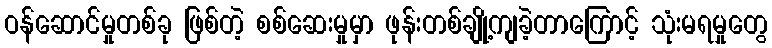
ဝန်ဆောင်မှုတစ်ခု ဖြစ်တဲ့ စစ်ဆေးမှုမှာ ဖုန်းတစ်ချို့ကျခဲ့တာကြောင့် သုံးမရမှုတွေ